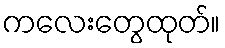
ကလေးတွေထုတ်။